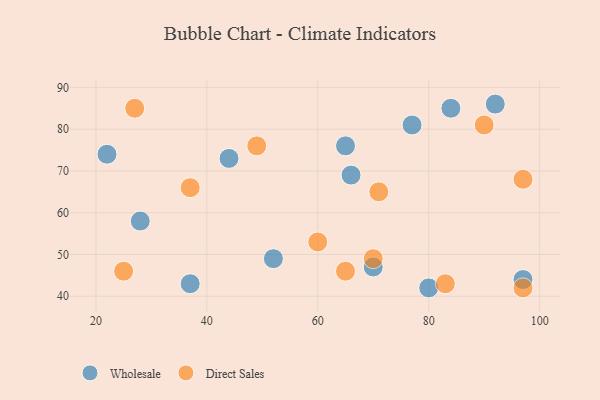
{"axis": {"x": "GDP", "y": "Life Expectancy"}, "legend": ["Direct Sales", "Wholesale"], "data": [{"x": "77", "y": 81, "type": "Wholesale"}, {"x": "44", "y": 73, "type": "Wholesale"}, {"x": "97", "y": 44, "type": "Wholesale"}, {"x": "52", "y": 49, "type": "Wholesale"}, {"x": "22", "y": 74, "type": "Wholesale"}, {"x": "84", "y": 85, "type": "Wholesale"}, {"x": "92", "y": 86, "type": "Wholesale"}, {"x": "37", "y": 43, "type": "Wholesale"}, {"x": "80", "y": 42, "type": "Wholesale"}, {"x": "70", "y": 47, "type": "Wholesale"}, {"x": "28", "y": 58, "type": "Wholesale"}, {"x": "65", "y": 76, "type": "Wholesale"}, {"x": "66", "y": 69, "type": "Wholesale"}, {"x": "25", "y": 46, "type": "Direct Sales"}, {"x": "27", "y": 85, "type": "Direct Sales"}, {"x": "90", "y": 81, "type": "Direct Sales"}, {"x": "97", "y": 42, "type": "Direct Sales"}, {"x": "37", "y": 66, "type": "Direct Sales"}, {"x": "71", "y": 65, "type": "Direct Sales"}, {"x": "83", "y": 43, "type": "Direct Sales"}, {"x": "70", "y": 49, "type": "Direct Sales"}, {"x": "65", "y": 46, "type": "Direct Sales"}, {"x": "49", "y": 76, "type": "Direct Sales"}, {"x": "97", "y": 68, "type": "Direct Sales"}, {"x": "60", "y": 53, "type": "Direct Sales"}]}